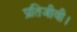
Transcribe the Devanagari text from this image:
प्रतिजीवी।